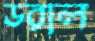
ডরাল